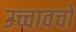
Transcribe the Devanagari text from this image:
उच्चावचो